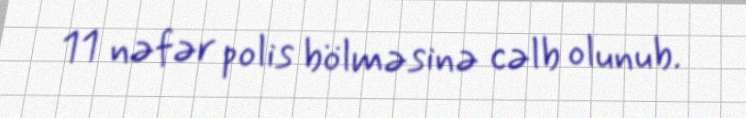
11 nəfər polis bölməsinə cəlb olunub.